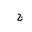
Letter: _gim